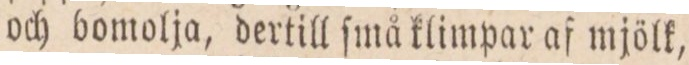
och bomolja, dertill ſmå klimpar af mjölk,